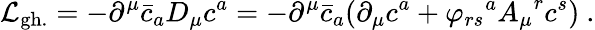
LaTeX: {\cal{L}}_{\mathrm{gh.}}=-{\partial}^{\mu}{\bar{c}}_{a}D_{\mu}{c^{a}}=-{\partial}^{\mu}{\bar{c}}_{a}({\partial}_{\mu}c^{a}+{\varphi_{rs}}^{a}{A_{\mu}}^{r}{c^{s}})~.